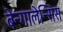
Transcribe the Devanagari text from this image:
बेन्गालेन्सिस